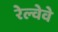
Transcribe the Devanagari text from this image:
रेल्वेवे